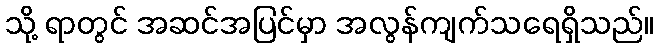
သို့ ရာတွင် အဆင်အပြင်မှာ အလွန်ကျက်သရေရှိသည်။